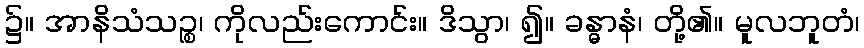
၌။ အာနိသံသဉ္စ၊ ကိုလည်းကောင်း။ ဒိသွာ၊ ၍။ ခန္ဓာနံ၊ တို့၏။ မူလဘူတံ၊